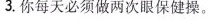
3. 你每天必须做两次眼保健操。